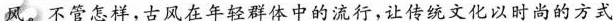
风。不管怎样，古风在年轻群体中的流行，让传统文化以时尚的方式